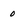
Character: 0